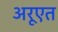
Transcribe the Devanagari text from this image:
अरूएत